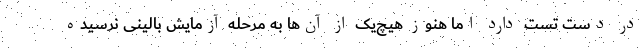
در دست تست دارد اما هنوز هیچ‌یک از آن‌ها به مرحله آزمایش بالینی نرسیده